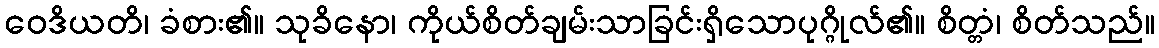
ဝေဒိယတိ၊ ခံစား၏။ သုခိနော၊ ကိုယ်စိတ်ချမ်းသာခြင်းရှိသောပုဂ္ဂိုလ်၏။ စိတ္တံ၊ စိတ်သည်။